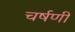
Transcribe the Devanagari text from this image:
चर्षणी